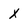
Character: x